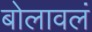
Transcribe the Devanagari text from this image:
बोलावलं